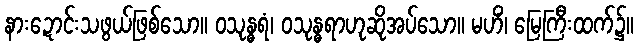
နားဍောင်းသဖွယ်ဖြစ်သော။ ဝသုန္ဓရံ၊ ဝသုန္ဓရာဟုဆိုအပ်သော။ မဟိံ၊ မြေကြီးထက်၌။